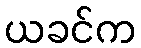
ယခင်က